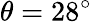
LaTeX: \theta=28^{\circ}